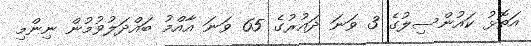
އަތޮޅު ކައުންސިލުގެ 3 ވަނަ ދައުރުގެ 65 ވަނަ އާއްމު ބައްދަލުވުމުން ނިންމި